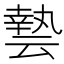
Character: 𠅀